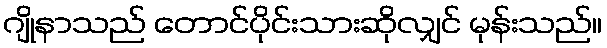
ဂျိုနာသည် တောင်ပိုင်းသားဆိုလျှင် မုန်းသည်။